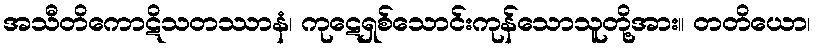
အသီတိကောဋိသတဿာနံ၊ ကုဋေရှစ်သောင်းကုန်သောသူတို့အား။ တတိယော၊